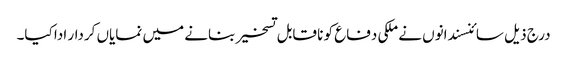
درج ذیل سائنسندانوں نے ملکی دفاع کو نا قابل تسخیر بنانے میں نمایاں کردار ادا کیا۔